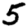
Digit: 5